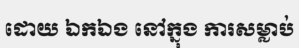
ដោយ ឯកឯង នៅក្នុង ការសម្លាប់